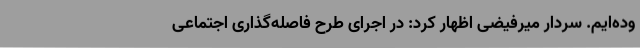
وده‌ایم. سردار میرفیضی اظهار کرد: در اجرای طرح فاصله‌گذاری اجتماعی